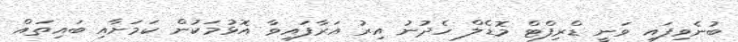
ބުނެވިފައި ވަނީ ޑްރިފްޓް މޮޑެލް ހެދުނު އިރު އަރާފައިވާ އޮޅުމަކުން ކަމަށާއި ބައިތައް